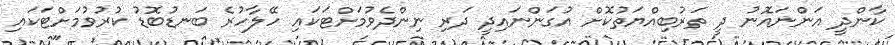
ކާންދީ އަންނައޮނު ދީ ތަރުބިއްޔަތުކޮށް އުގަންނައިދީ ދަރި ނިންދެވުމަށްޓަކައި ހޭލާހުރެ ބަނޑުބޮޑު ކުރުވުމަށްޓަކައި